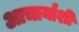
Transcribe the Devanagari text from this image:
आचार्यांशी